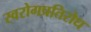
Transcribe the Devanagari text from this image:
स्वरोगप्रतिरोध